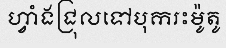
ហ្វាំងជ្រុលទៅបុករះម៉ូតូ